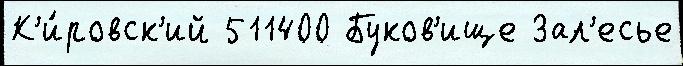
К'и́ровск'ий 511400 Буков'ище Зал'есье